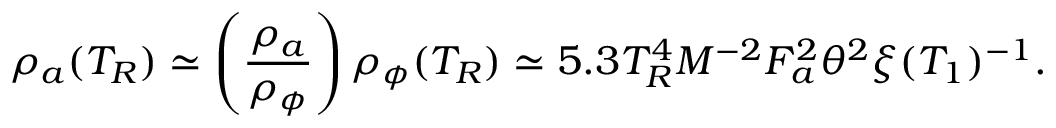
\rho _ { a } ( T _ { R } ) \simeq \left( \frac { \rho _ { a } } { \rho _ { \phi } } \right) \rho _ { \phi } ( T _ { R } ) \simeq 5 . 3 T _ { R } ^ { 4 } M ^ { - 2 } F _ { a } ^ { 2 } \theta ^ { 2 } \xi ( T _ { 1 } ) ^ { - 1 } .